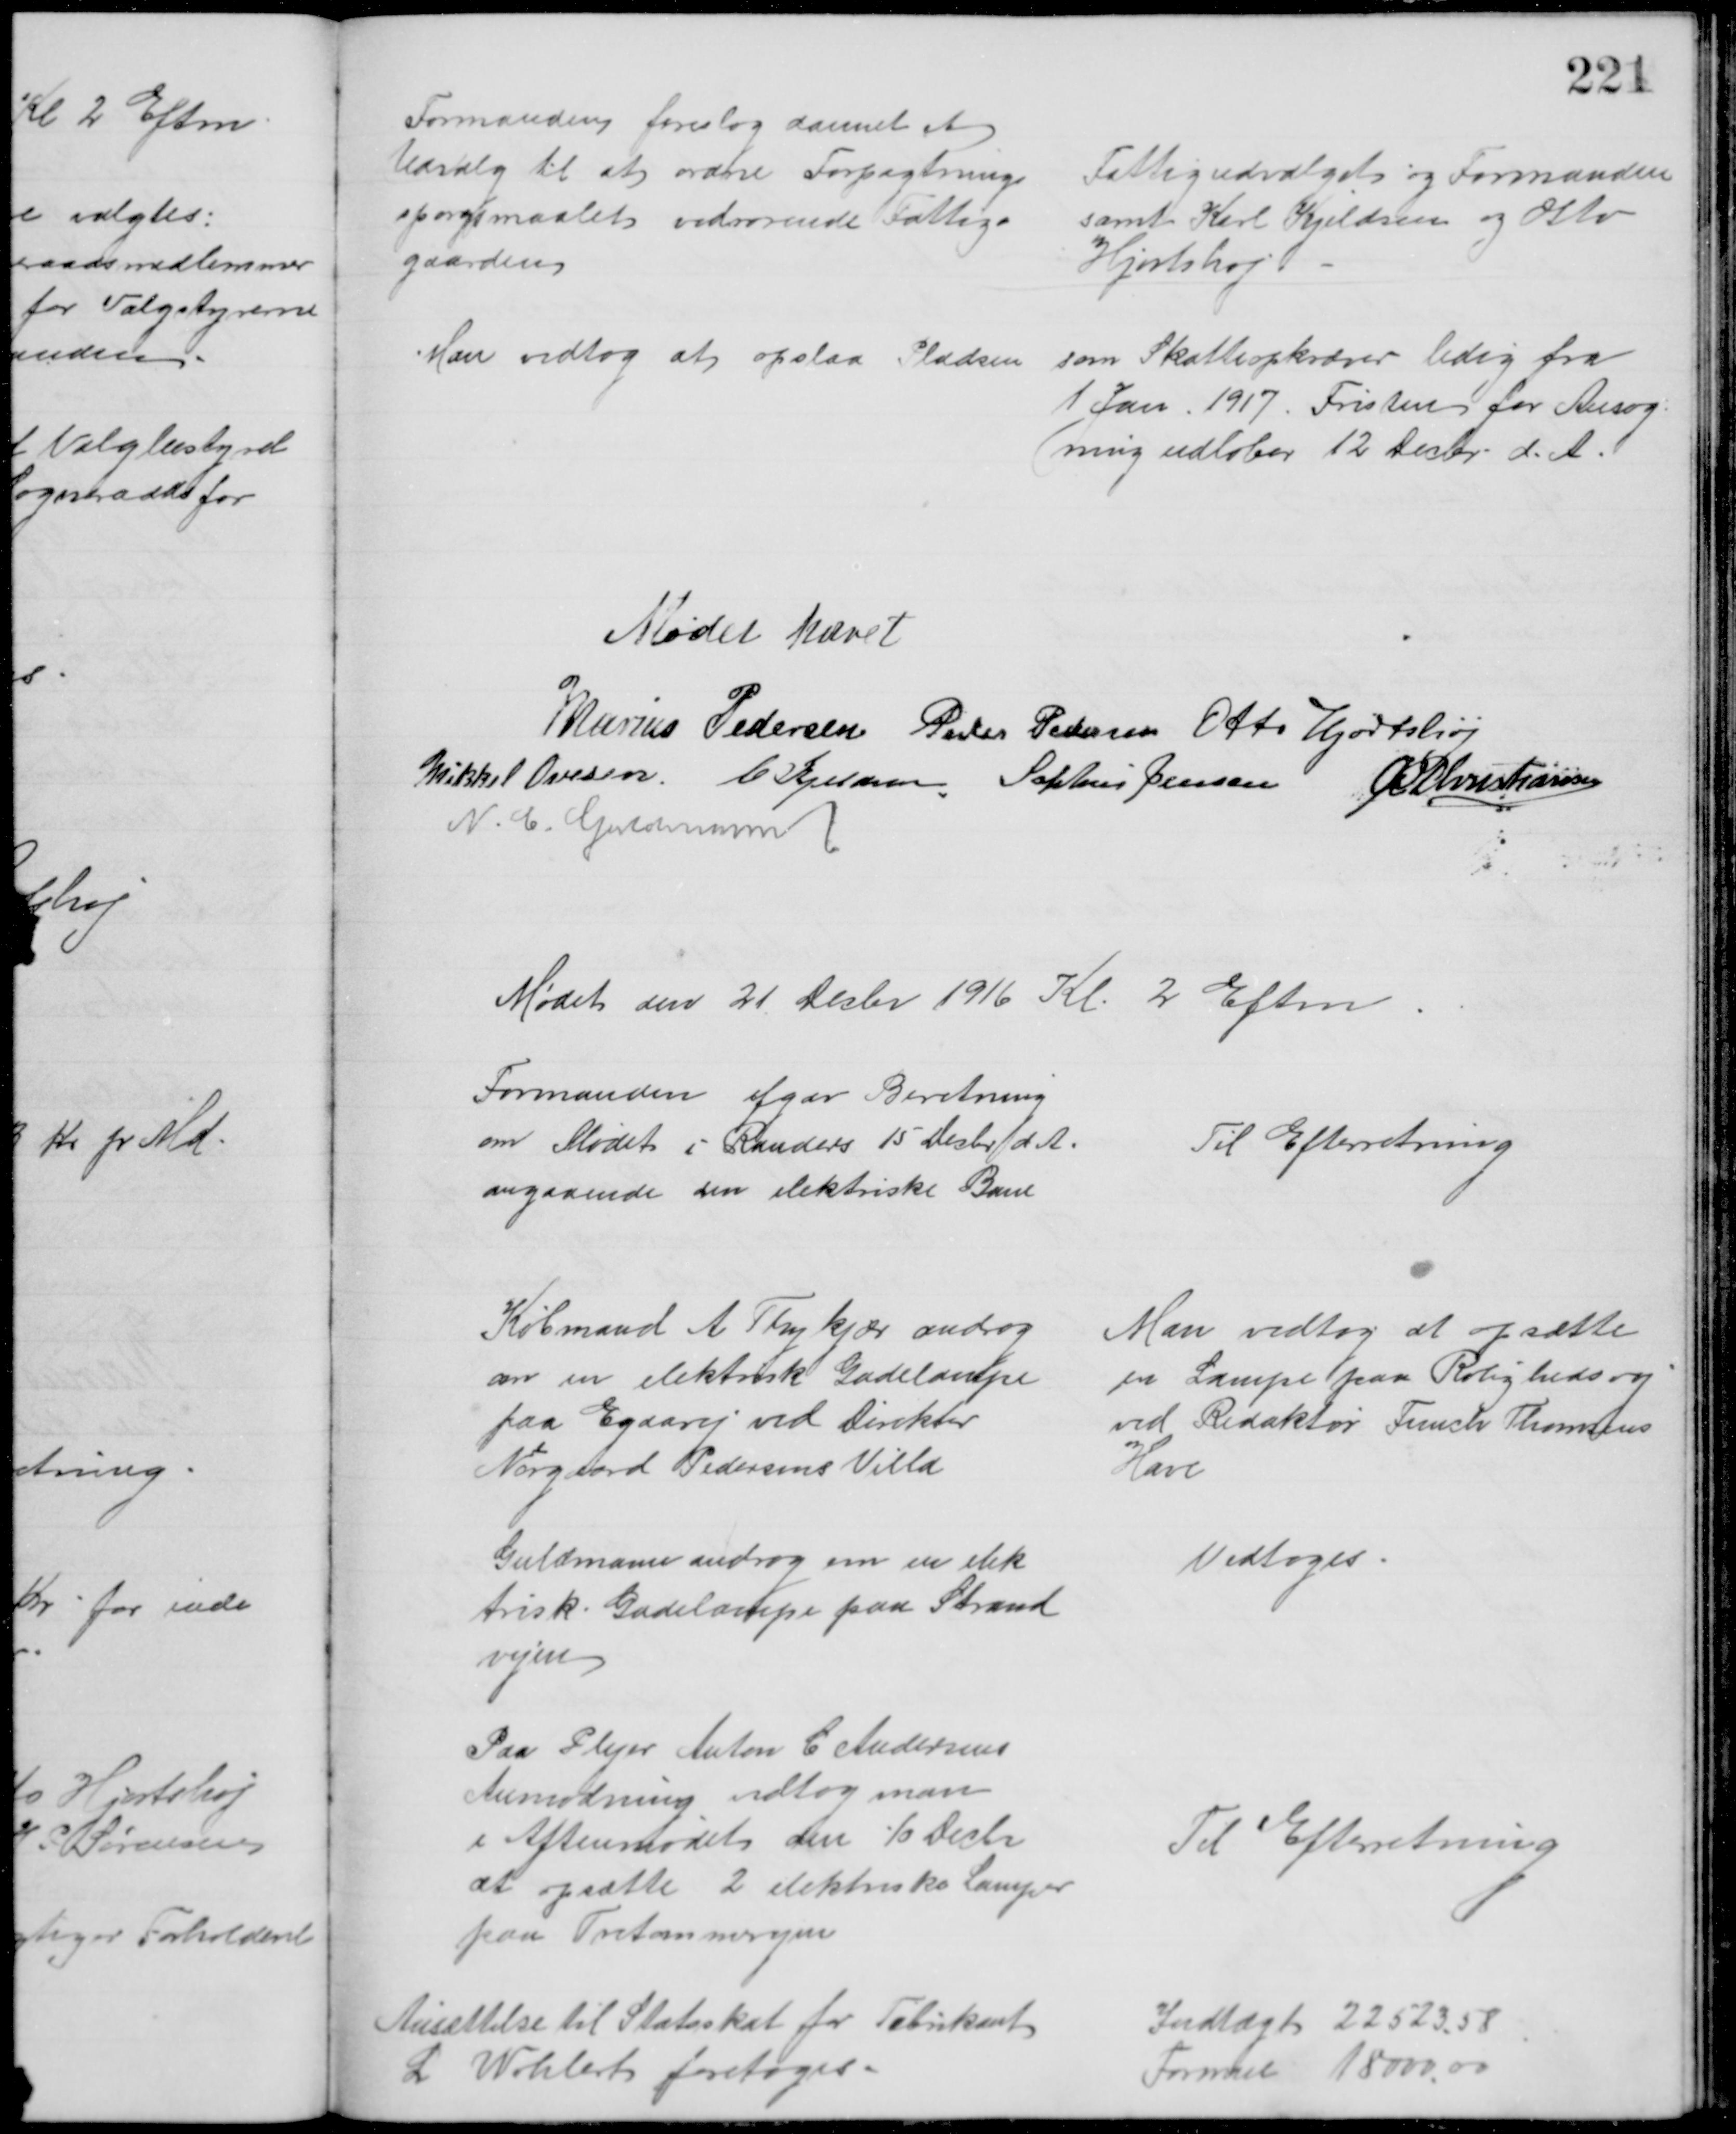
Transskription:
Formanden foreslog dannet et
Udvalg til at ordne Forpagtning
spørgsmaalet vedrørende Fattig-
gaarden
Fattigudvalget og Formanden
samt Karl Kjeldsen og Otto
Hjortshøj
Man vedtog at opslaa Pladsen
som Skatteopkræver ledig fra 
1 Jan. 1917. Fristen for Ansøg-
ning udløber 12 Decbr. d. A.
Mødet hævet
Marius Pedersen Peder Pedersen Otto Hjortshøj
Mikkel Ovesen. C Kjeldsen. Sophus Jensen  A P Christiansen
N. C. Guldmann
Mødet den 21 Decbr 1916 Kl. 2 Eftm
Formanden afgav Beretning
om Mødet i Randers 15 Decbr. d. A.
angaaende den elektriske Bane
Til Efterretning
Købmand A Thykjær androg
om en elektrisk Gadelampe
paa Egaavej ved Direktør
Nørgaard Pedersens Villa
Man vedtog at opsætte
en Lampe paa Rolighedsvej 
ved Redaktør Funch Thomsens
Have
Guldmann androg om en elek
trisk Gadelampe paa Strand
vejen
Vedtoges
Paa Plejer Anton C. Andersens
Anmodning vedtog man
i Aftenmødet den 10 Decbr
at opsætte 2 elektriske Lamper
paa Tretommervejen
Til Efterretning
Ansættelse til Statsskat for Fabrikant
L Wohlerts foretoges
Indtægt 22523,58
Formue 18000,00